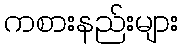
ကစားနည်းများ